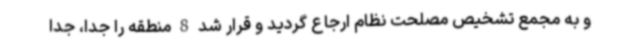
و به مجمع تشخیص مصلحت نظام ارجاع گردید و قرار شد 8 منطقه را جدا، جدا